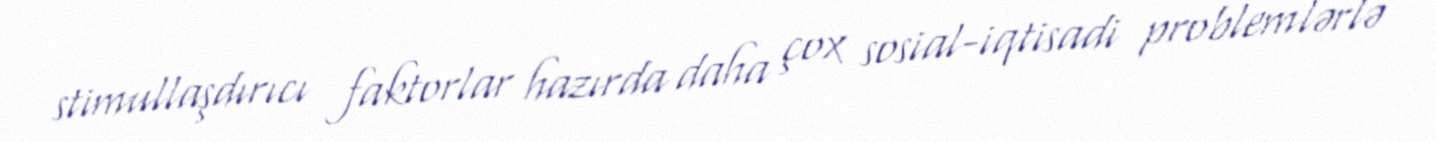
stimullaşdırıcı faktorlar hazırda daha çox sosial-iqtisadi problemlərlə